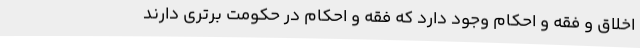
اخلاق و فقه و احکام وجود دارد که فقه و احکام در حکومت برتری دارند